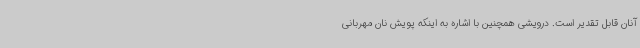
آنان قابل تقدیر است. درویشی همچنین با اشاره به اینکه پویش نان مهربانی